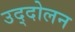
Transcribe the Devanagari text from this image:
उद्दोलन